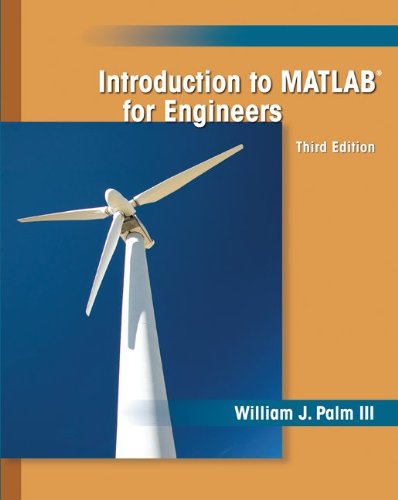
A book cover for Introduction to MATLAB for Engineers; William Palm III; Computers & Technology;